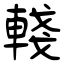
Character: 輚